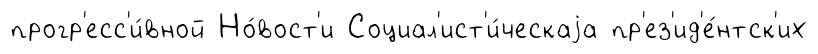
прогр'есс'и́вной Но́вост'и Социал'ист'и́ческаjа пр'ез'ид'е́нтск'их